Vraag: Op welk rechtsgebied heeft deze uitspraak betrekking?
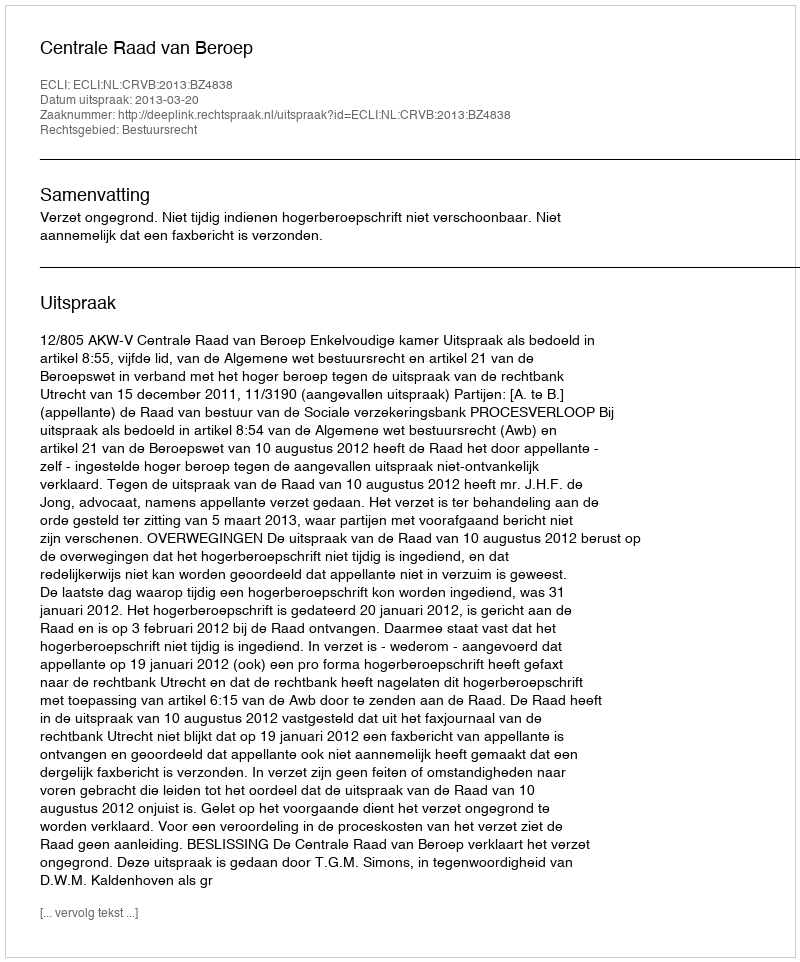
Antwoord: Bestuursrecht